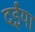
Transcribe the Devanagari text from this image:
दईया